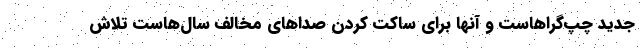
جدید چپ‌گراهاست و آنها برای ساکت کردن صداهای مخالف سال‌هاست تلاش